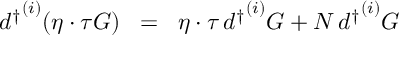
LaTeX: { d ^ { \dagger } } ^ { ( i ) } ( \eta \cdot \tau { \cal { G } } ) \; \; = \; \; \eta \cdot \tau \, { d ^ { \dagger } } ^ { ( i ) } { \cal { G } } + N \, { d ^ { \dagger } } ^ { ( i ) } { \cal { G } }